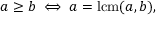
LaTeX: a \geq b \iff a = \operatorname { l c m } ( a , b ) ,